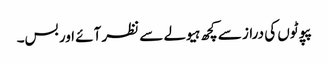
پپوٹوں کی دراز سے کچھ ہیولے سے نظر آئے اور بس۔